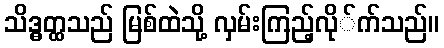
သိဒ္ဓတ္ထသည် မြစ်ထဲသို့ လှမ်းကြည့်လို်က်သည်။